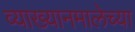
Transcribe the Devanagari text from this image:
व्याख्यानमालेच्या